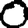
Digit: 0